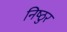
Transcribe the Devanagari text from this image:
निष्‍ठुर